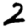
Digit: 2